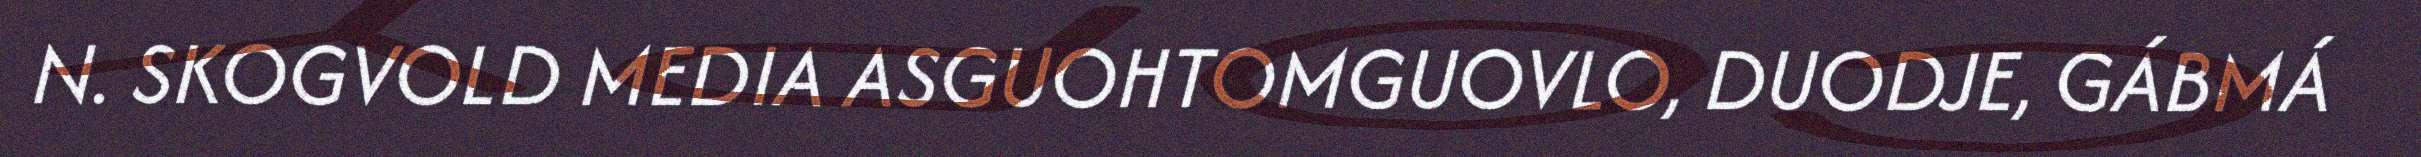
N. SKOGVOLD MEDIA ASGUOHTOMGUOVLO, DUODJE, GÁBMÁ